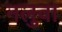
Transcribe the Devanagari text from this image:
नलुवा